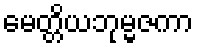
မေတ္တိယဘုမ္မဇကာ